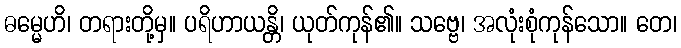
ဓမ္မေဟိ၊ တရားတို့မှ။ ပရိဟာယန္တိ၊ ယုတ်ကုန်၏။ သဗ္ဗေ၊ အလုံးစုံကုန်သော။ တေ၊